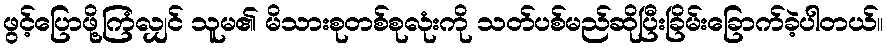
ဖွင့်ပြောဖို့ကြံလျှင် သူမ၏ မိသားစုတစ်စုလုံးကို သတ်ပစ်မည်ဆိုပြီးခြိမ်းခြောက်ခဲ့ပါတယ်။